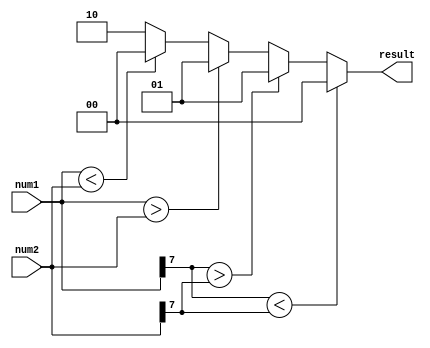
module signed_magnitude_comparator (
    input signed [7:0] num1,
    input signed [7:0] num2,
    output reg [1:0] result
);

always @(*) begin
    if (num1[7] < num2[7]) begin
        result = 2'b00; // num1 is less than num2
    end else if (num1[7] > num2[7]) begin
        result = 2'b01; // num1 is greater than num2
    end else begin
        if (num1 > num2) begin
            result = 2'b01; // num1 is greater than num2
        end else if (num1 < num2) begin
            result = 2'b00; // num1 is less than num2
        end else begin
            result = 2'b10; // num1 is equal to num2
        end
    end
end

endmodule